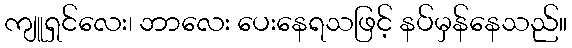
ကျူရှင်လေး၊ ဘာလေး ပေးနေရသဖြင့် နပ်မှန်နေသည်။